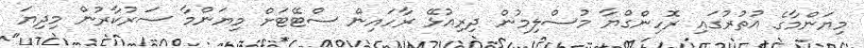
މިޔަންމާގެ އުތުރުގައި ރޮހިންގްޔާ މުސްލިމުން ދިރިއުޅޭ ރާހައިން ސްޓޭޓަށް މިޔަންމާ ސަރުކާރުން މިދިޔަ